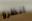
انظرو